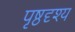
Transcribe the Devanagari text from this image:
पृष्ठदृश्य